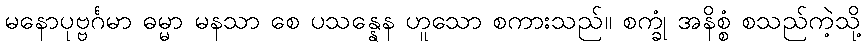
မနောပုဗ္ဗင်္ဂမာ ဓမ္မာ မနသာ စေ ပသန္နေန ဟူသော စကားသည်။ စက္ခုံ အနိစ္စံ စသည်ကဲ့သို့